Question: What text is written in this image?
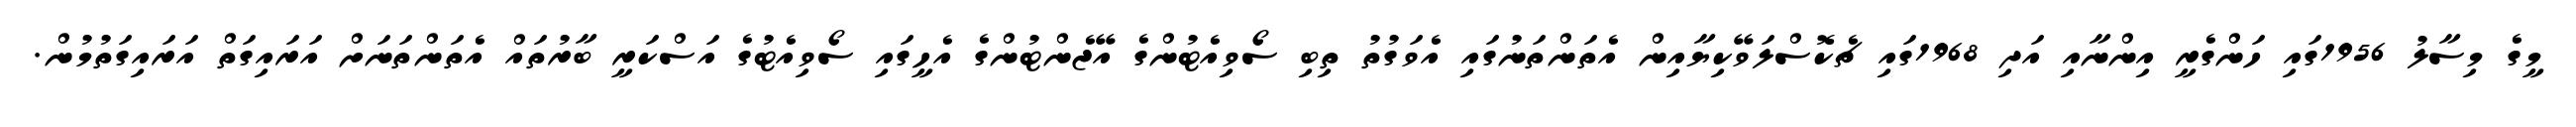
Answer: މީގެ މިސާލު 1956ގައި ހަންގެރީ އިންނާއި އަދި 1968ގައި ޗެކޮސްލަވޭކިޔާއިން އެތަންތަނުގައި އެވަގުތު ތިބި ސޯވިއެޓުންގެ އޭޖެންޓުންގެ އެހީގައި ސޯވިއެޓުގެ އަސްކަރީ ބާރުތައް އެތަންތަނަށް އަރައިގަތް އަރައިގަތުމުން.